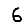
Digit: 6